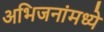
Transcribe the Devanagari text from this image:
अभिजनांमध्ये